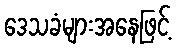
ဒေသခံများအနေဖြင့်